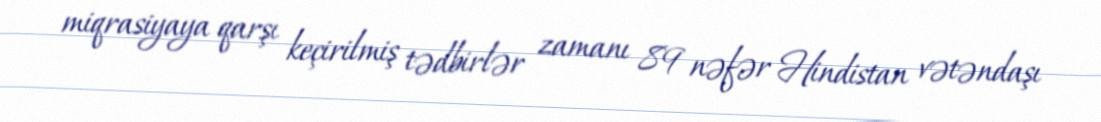
miqrasiyaya qarşı keçirilmiş tədbirlər zamanı 89 nəfər Hindistan vətəndaşı